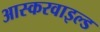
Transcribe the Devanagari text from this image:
आस्करवाइल्ड